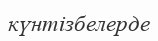
күнтізбелерде